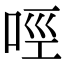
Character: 𠲮